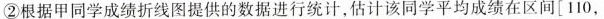
②根据甲同学成绩折线图提供的数据进行统计，估计该同学平均成绩在区间[110，